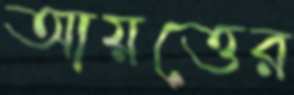
আয়ত্তের